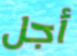
أجل